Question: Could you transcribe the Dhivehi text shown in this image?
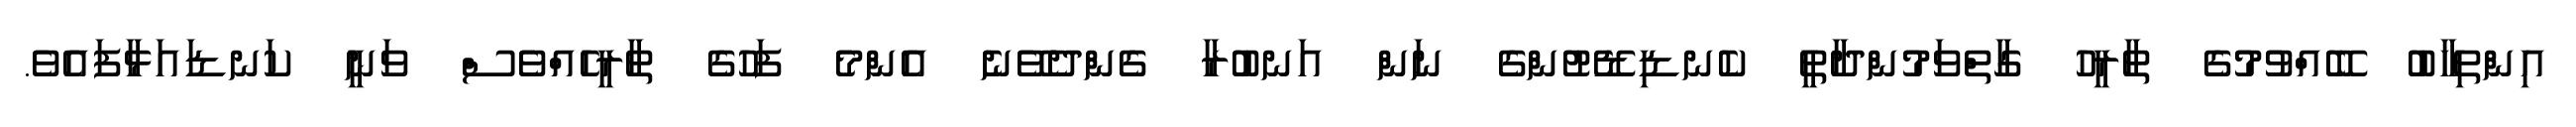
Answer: އިންތިހާބު ބޭއްވުމުގެ ތާރީހު ގާތްވަމުންދާތީ ކެނޑިޑޭޓުންގެ ނަން އަނބުރާ ގެންދެވޭނެ އެންމެ ފަހުގެ ތާރީހެއްވެސް ވަނީ ކަނޑައަޅާފައެވެ.